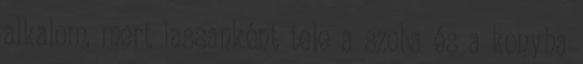
alkalom, mert lassanként tele a szoba és a konyha